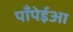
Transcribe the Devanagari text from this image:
पाँपेईआ